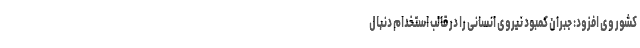
کشور وی افزود: جبران کمبود نیروی انسانی را در قالب استخدام دنبال